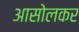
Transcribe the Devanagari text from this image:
आसोलकर